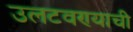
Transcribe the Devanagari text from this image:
उलटवण्याची